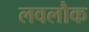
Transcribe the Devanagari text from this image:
लवलौक